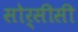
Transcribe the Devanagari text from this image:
सोर्सीसी